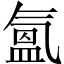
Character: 氳